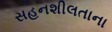
સહનશીલતાના